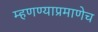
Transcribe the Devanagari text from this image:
म्हणण्याप्रमाणेच